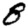
Digit: 8